Vaccination North-Western Provinces and Oudh 1878-1895 - 1878-1895
Year: 1878
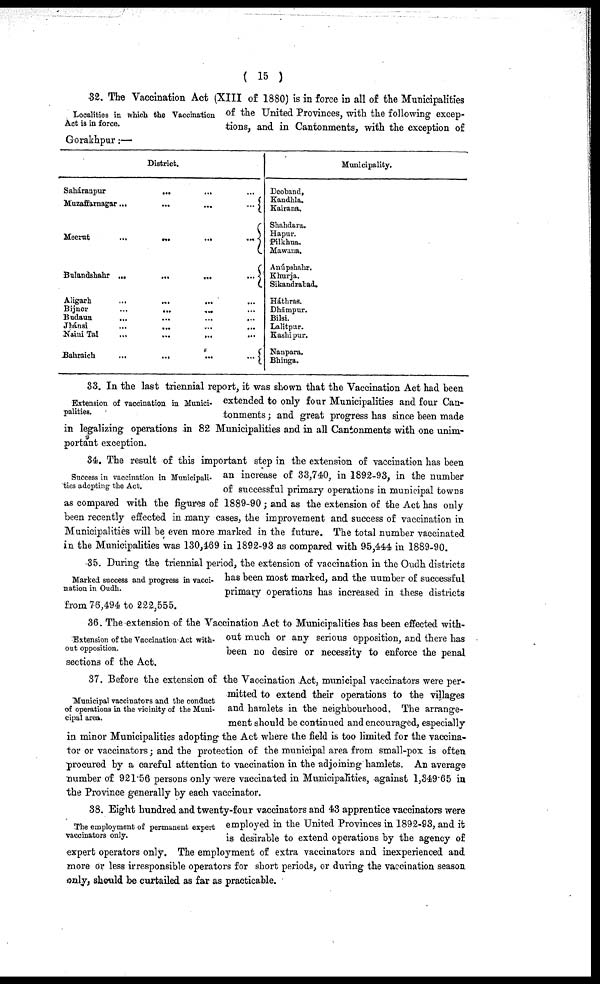
( 15 )
Localities in which the Vaccination
Act is in force.
32. The Vaccination Act (XIII of 1880) is in force in all of the Municipalities
of the United Provinces, with the following excep-
tions, and in Cantonments, with the exception of
Gorakhpur:—
District.
Saháranpur
...
...
...
Muzaffarnagar
...
...
...
Meerut
...
...
...
Bulandshahr
...
...
...
Aligarh
...
...
...
...
Bijnor
...
...
... ...
Budaun ... ... ... ...
Jhánsi
...
...
...
...
Naini Tal ... ... ... ...
Bahraich
...
...
...
...
Municipality.
Deoband,
Kandhla.
Kairana.
Shahdara.
Hapur.
Pilkhua.
Mawana.
Anúpshahr.
Khurja.
Sikandrabad.
Háthras.
Dhampur.
Bilsi.
Lalitpur.
Kashipur.
Nanpara.
Bhinga.
Extension of vaccination in Munici-
palities.
33. In the last triennial report, it was shown that the Vaccination Act had been
extended to only four Municipalities and four Can-
tonments ; and great progress has since been made
in legalizing operations in 82 Municipalities and in all Cantonments with one unim-
portant exception.
Success in vaccination in Municipali-
ties adopting the Act.
34. The result of this important step in the extension of vaccination has been
an increase of 33,740, in 1892-93, in the number
of successful primary operations in municipal towns
as compared with the figures of 1889-90; and as the extension of the Act has only
been recently effected in many cases, the improvement and success of vaccination in
Municipalities will be even more marked in the future. The total number vaccinated
in the Municipalities was 130,469 in 1892-93 as compared with 95,444 in 1889-90.
Marked success and progress in vacci-
nation in Oudh.
35. During the triennial period, the extension of vaccination in the Oudh districts
has been most marked, and the uumber of successful
primary operations has increased in these districts
from 76,494 to 222,555.
Extension of the Vaccination Act with-
out opposition.
36. The extension of the Vaccination Act to Municipalities has been effected with-
out much or any serious opposition, and there has
been no desire or necessity to enforce the penal
sections of the Act.
Municipal vaccinators and the conduct
of operations in the vicinity of the Muni-
cipal area.
37. Before the extension of the Vaccination Act, municipal vaccinators were per-
mitted to extend their operations to the villages
and hamlets in the neighbourhood. The arrange-
ment should be continued and encouraged, especially
in minor Municipalities adopting the Act where the field is too limited for the vaccina-
tor or vaccinators; and the protection of the municipal area from small-pox is often
procured by a careful attention to vaccination in the adjoining hamlets. An average
number of 921.56 persons only were vaccinated in Municipalities, against l,349.65 in
the Province generally by each vaccinator.
The employment of permanent expert
vaccinators only.
38. Eight hundred and twenty-four vaccinators and 43 apprentice vaccinators were
employed in the United Provinces in 1892-93, and it
is desirable to extend operations by the agency of
expert operators only. The employment of extra vaccinators and inexperienced and
more or less irresponsible operators for short periods, or during the vaccination season
only, should be curtailed as far as practicable.